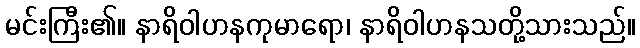
မင်းကြီး၏။ နာရိဝါဟနကုမာရော၊ နာရိဝါဟနသတို့သားသည်။